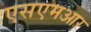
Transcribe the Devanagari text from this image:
एसएमआर